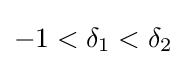
-1<\delta _{1}<\delta _{2}